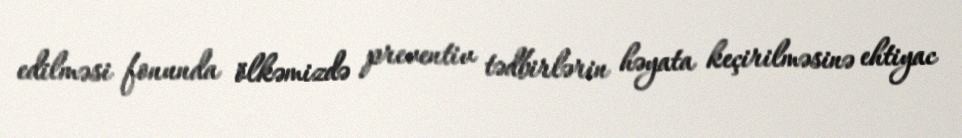
edilməsi fonunda ölkəmizdə preventiv tədbirlərin həyata keçirilməsinə ehtiyac